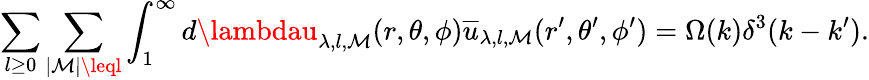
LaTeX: \sum_{l\geq0}\sum_{\mid\mathcal{M}\mid\leql}\int_{1}^{\infty}d\lambdau_{\lambda,l,\mathcal{M}}(r,\theta,\phi)\overline{{{{u}}}}_{\lambda,l,\mathcal{M}}(r^{\prime},\theta^{\prime},\phi^{\prime})=\Omega(k)\delta^{3}(k-k^{\prime}).